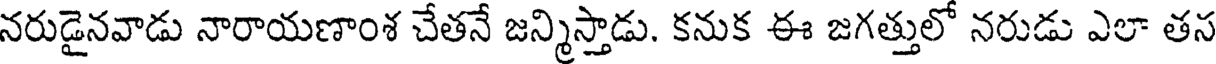
నరుడైనవాడు నారాయణాంశ చేతనే జన్మిస్తాడు. కనుక ఈ జగత్తులో నరుడు ఎలా తస